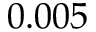
0 . 0 0 5